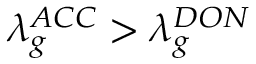
\lambda _ { g } ^ { A C C } > \lambda _ { g } ^ { D O N }